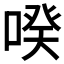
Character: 𱓩